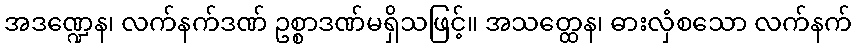
အဒဏ္ဍေန၊ လက်နက်ဒဏ် ဥစ္စာဒဏ်မရှိသဖြင့်။ အသတ္ထေန၊ ဓားလှံစသော လက်နက်